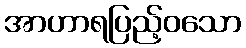
အာဟာရပြည့်ဝသော